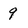
Character: 9